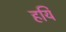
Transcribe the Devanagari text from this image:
हयि